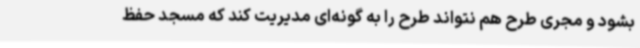
بشود و مجری طرح هم نتواند طرح را به گونه‌ای مدیریت کند که مسجد حفظ